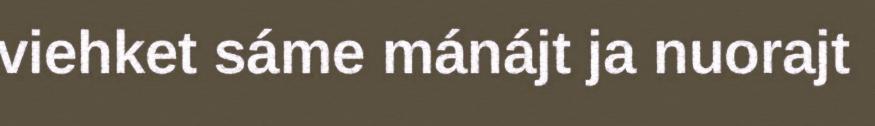
viehket sáme mánájt ja nuorajt